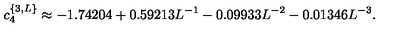
c _ { 4 } ^ { \{ 3 , L \} } \approx - 1 . 7 4 2 0 4 + 0 . 5 9 2 1 3 L ^ { - 1 } - 0 . 0 9 9 3 3 L ^ { - 2 } - 0 . 0 1 3 4 6 L ^ { - 3 } .